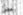
بعض